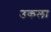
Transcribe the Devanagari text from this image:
उकला